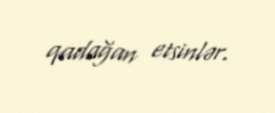
qadağan etsinlər.